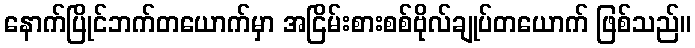
နောက်ပြိုင်ဘက်တယောက်မှာ အငြိမ်းစားစစ်ဗိုလ်ချုပ်တယောက် ဖြစ်သည်။